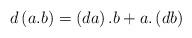
LaTeX: \begin{align*}d\left( a.b\right) =\left( da\right) .b+a.\left( db\right)\end{align*}